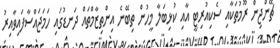
ޗޭންޖިން ރޫމުތަކާއި ސެކިއުރިޓީ އާއި ކުޅިބަލާ މީހުން ތިބޭނެ އިންތިޒާމްތައް ދަނޑުގައި ހަމަޖައްސާފައިވާއިރު